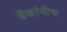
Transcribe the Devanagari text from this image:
बँकांनीच